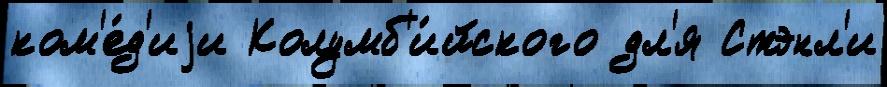
ком'е́д'иjи Колумб'и́йского дл'я Стэнл'и